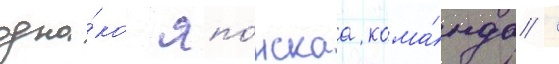
одна́ко япо́нскаа кома́нда /